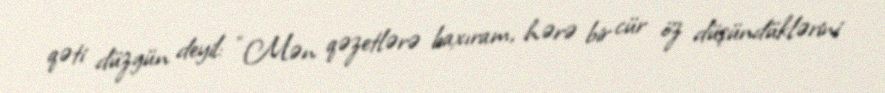
qəti düzgün deyil: “Mən qəzetlərə baxıram, hərə bir cür öz düşündüklərini